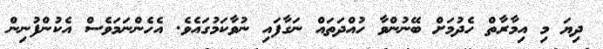
ދިޔަ މި އިމާރާތް ހެދުމަށް ބޭނުންވާ ހުއްދަތައް ނަގާފައި ނުވާކަމުގައެވެ. އެހެންނަމަވެސް އެކުންފުނިން